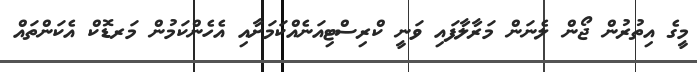
މީގެ އިތުރުން ޖޯން ލެނަން މަރާލާފައި ވަނީ ކްރިސްޓިއަނެއްކަމަށާއި އެހެންކަމުން މަރޑޮކް އެކަންތައް